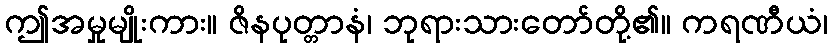
ဤအမှုမျိုးကား။ ဇိနပုတ္တာနံ၊ ဘုရားသားတော်တို့၏။ ကရဏီယံ၊